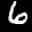
Label: 6